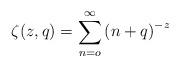
LaTeX: \begin{align*}\zeta (z,q)=\sum\limits_{n=o}^\infty \left( n+q\right) ^{-z} \end{align*}